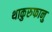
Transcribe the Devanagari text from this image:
थाकुरुफानु